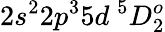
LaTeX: {2s^{2}2p^{3}5d~^{5}D_{2}^{o}}